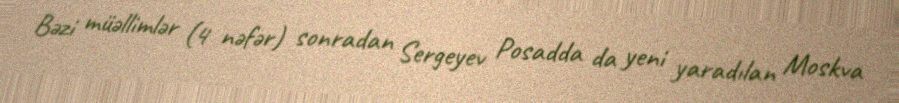
Bəzi müəllimlər (4 nəfər) sonradan Sergeyev Posadda da yeni yaradılan Moskva